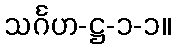
သင်္ဂဟ-ဋ္ဌ-၁-၁။